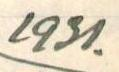
1931.